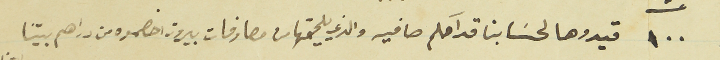
١٠٠ قيدوها لحسَابنا قدامكم صافيه والذي يلحقها من مصارفات بيروت اخصموه من دراهم بيتنا